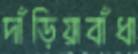
দাঁড়িয়াবাঁধা